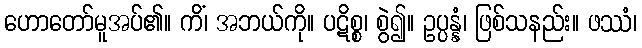
ဟောတော်မူအပ်၏။ ကိံ၊ အဘယ်ကို။ ပဋိစ္စ၊ စွဲ၍။ ဥပ္ပန္နံ၊ ဖြစ်သနည်း။ ဖဿံ၊